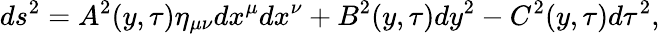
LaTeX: ds^{2}=A^{2}(y,\tau)\eta_{\mu\nu}dx^{\mu}dx^{\nu}+B^{2}(y,\tau)dy^{2}-C^{2}(y,\tau)d\tau^{2},